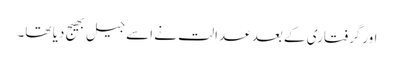
اورگرفتاری کے بعد عدالت نے اسے جیل بھیج دیا تھا۔